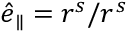
\boldsymbol { \hat { e } } _ { \parallel } = \boldsymbol { r } ^ { s } / r ^ { s }